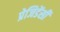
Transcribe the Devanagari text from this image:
प्रेजिडेंसी